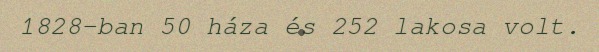
1828-ban 50 háza és 252 lakosa volt.